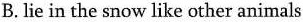
B. lie in the snow like other animals